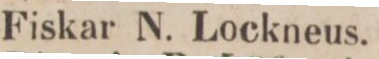
Fiskar N. Lockneus.